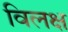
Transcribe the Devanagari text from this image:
विलक्ष